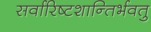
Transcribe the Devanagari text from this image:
सर्वारिष्टशान्तिर्भवतु